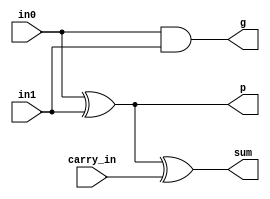
module one_bit_full_adder(
    input in0,
    input in1,
    input carry_in,
    output sum,
    output g,
    output p
);

assign sum=in0 ^ in1 ^ carry_in;
assign p=in0 ^ in1;
assign g=in0 & in1;


endmodule